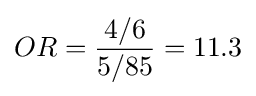
OR={4/6 \over 5/85}=11.3